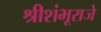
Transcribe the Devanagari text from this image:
श्रीशंभूराजे